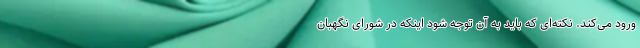
ورود می‌کند. نکته‌ای که باید به آن توجه شود اینکه در شورای نگهبان